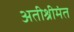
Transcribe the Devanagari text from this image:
अतीश्रीमंत